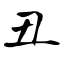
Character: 丑